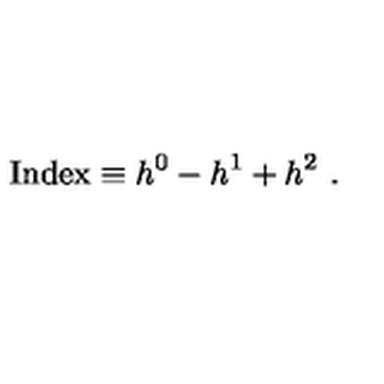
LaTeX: \mathrm { I n d e x } \equiv h ^ { 0 } - h ^ { 1 } + h ^ { 2 } \ .